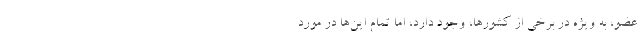
عضو، به ویژه در برخی از کشورها، وجود دارد، اما تمام این‌ها در مورد